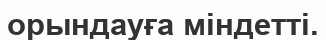
орындауға міндетті.